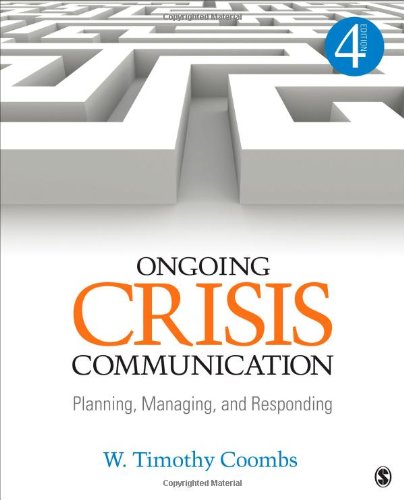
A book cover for Ongoing Crisis Communication: Planning, Managing, and Responding; W. Timothy Coombs; Business & Money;